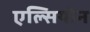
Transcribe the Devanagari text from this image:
एल्सियोन